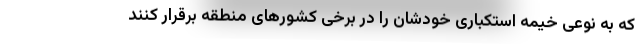
که به نوعی خیمه استکباری خودشان را در برخی کشورهای منطقه برقرار کنند